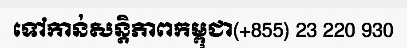
ទៅកាន់សន្តិភាពកម្ពុជា(+855) 23 220 930